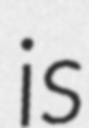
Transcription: is